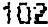
102